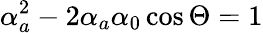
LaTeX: \alpha_{a}^{2}-2\alpha_{a}\alpha_{0}\cos\Theta=1